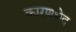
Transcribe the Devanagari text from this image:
कारणभेद